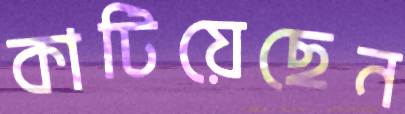
কাটিয়েছেন